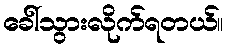
ခေါ်သွားလိုက်ရတယ်။